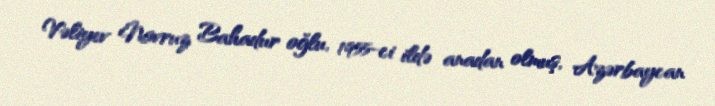
Vəliyev Novruz Bahadur oğlu, 1955-ci ildə anadan olmuş, Azərbaycan